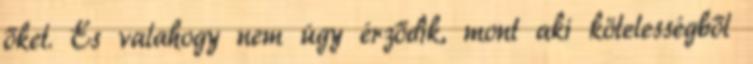
őket. És valahogy nem úgy érződik, mont aki kötelességből